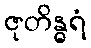
ဇုတိန္ဓရံ